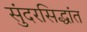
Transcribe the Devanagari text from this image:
सुंदरसिद्धांत